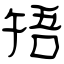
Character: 啎